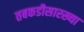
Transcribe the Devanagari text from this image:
तबकडीसारख्या